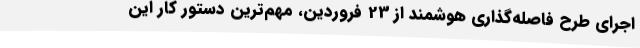
اجرای طرح فاصله‌گذاری هوشمند از 23 فروردین، مهم‌ترین دستور کار این